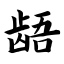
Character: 龉